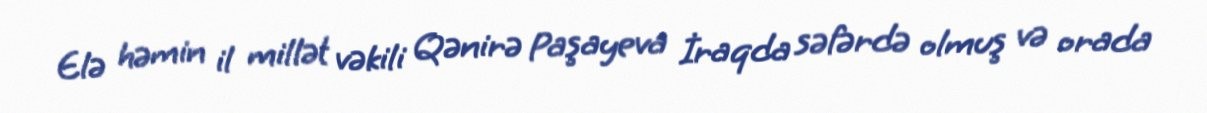
Elə həmin il millət vəkili Qənirə Paşayeva İraqda səfərdə olmuş və orada